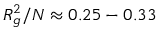
R _ { g } ^ { 2 } / N \approx 0 . 2 5 - 0 . 3 3